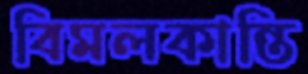
বিমলকান্তি